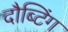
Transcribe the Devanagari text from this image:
दौब्टिंग